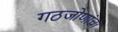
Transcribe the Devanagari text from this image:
गठजोणांचा